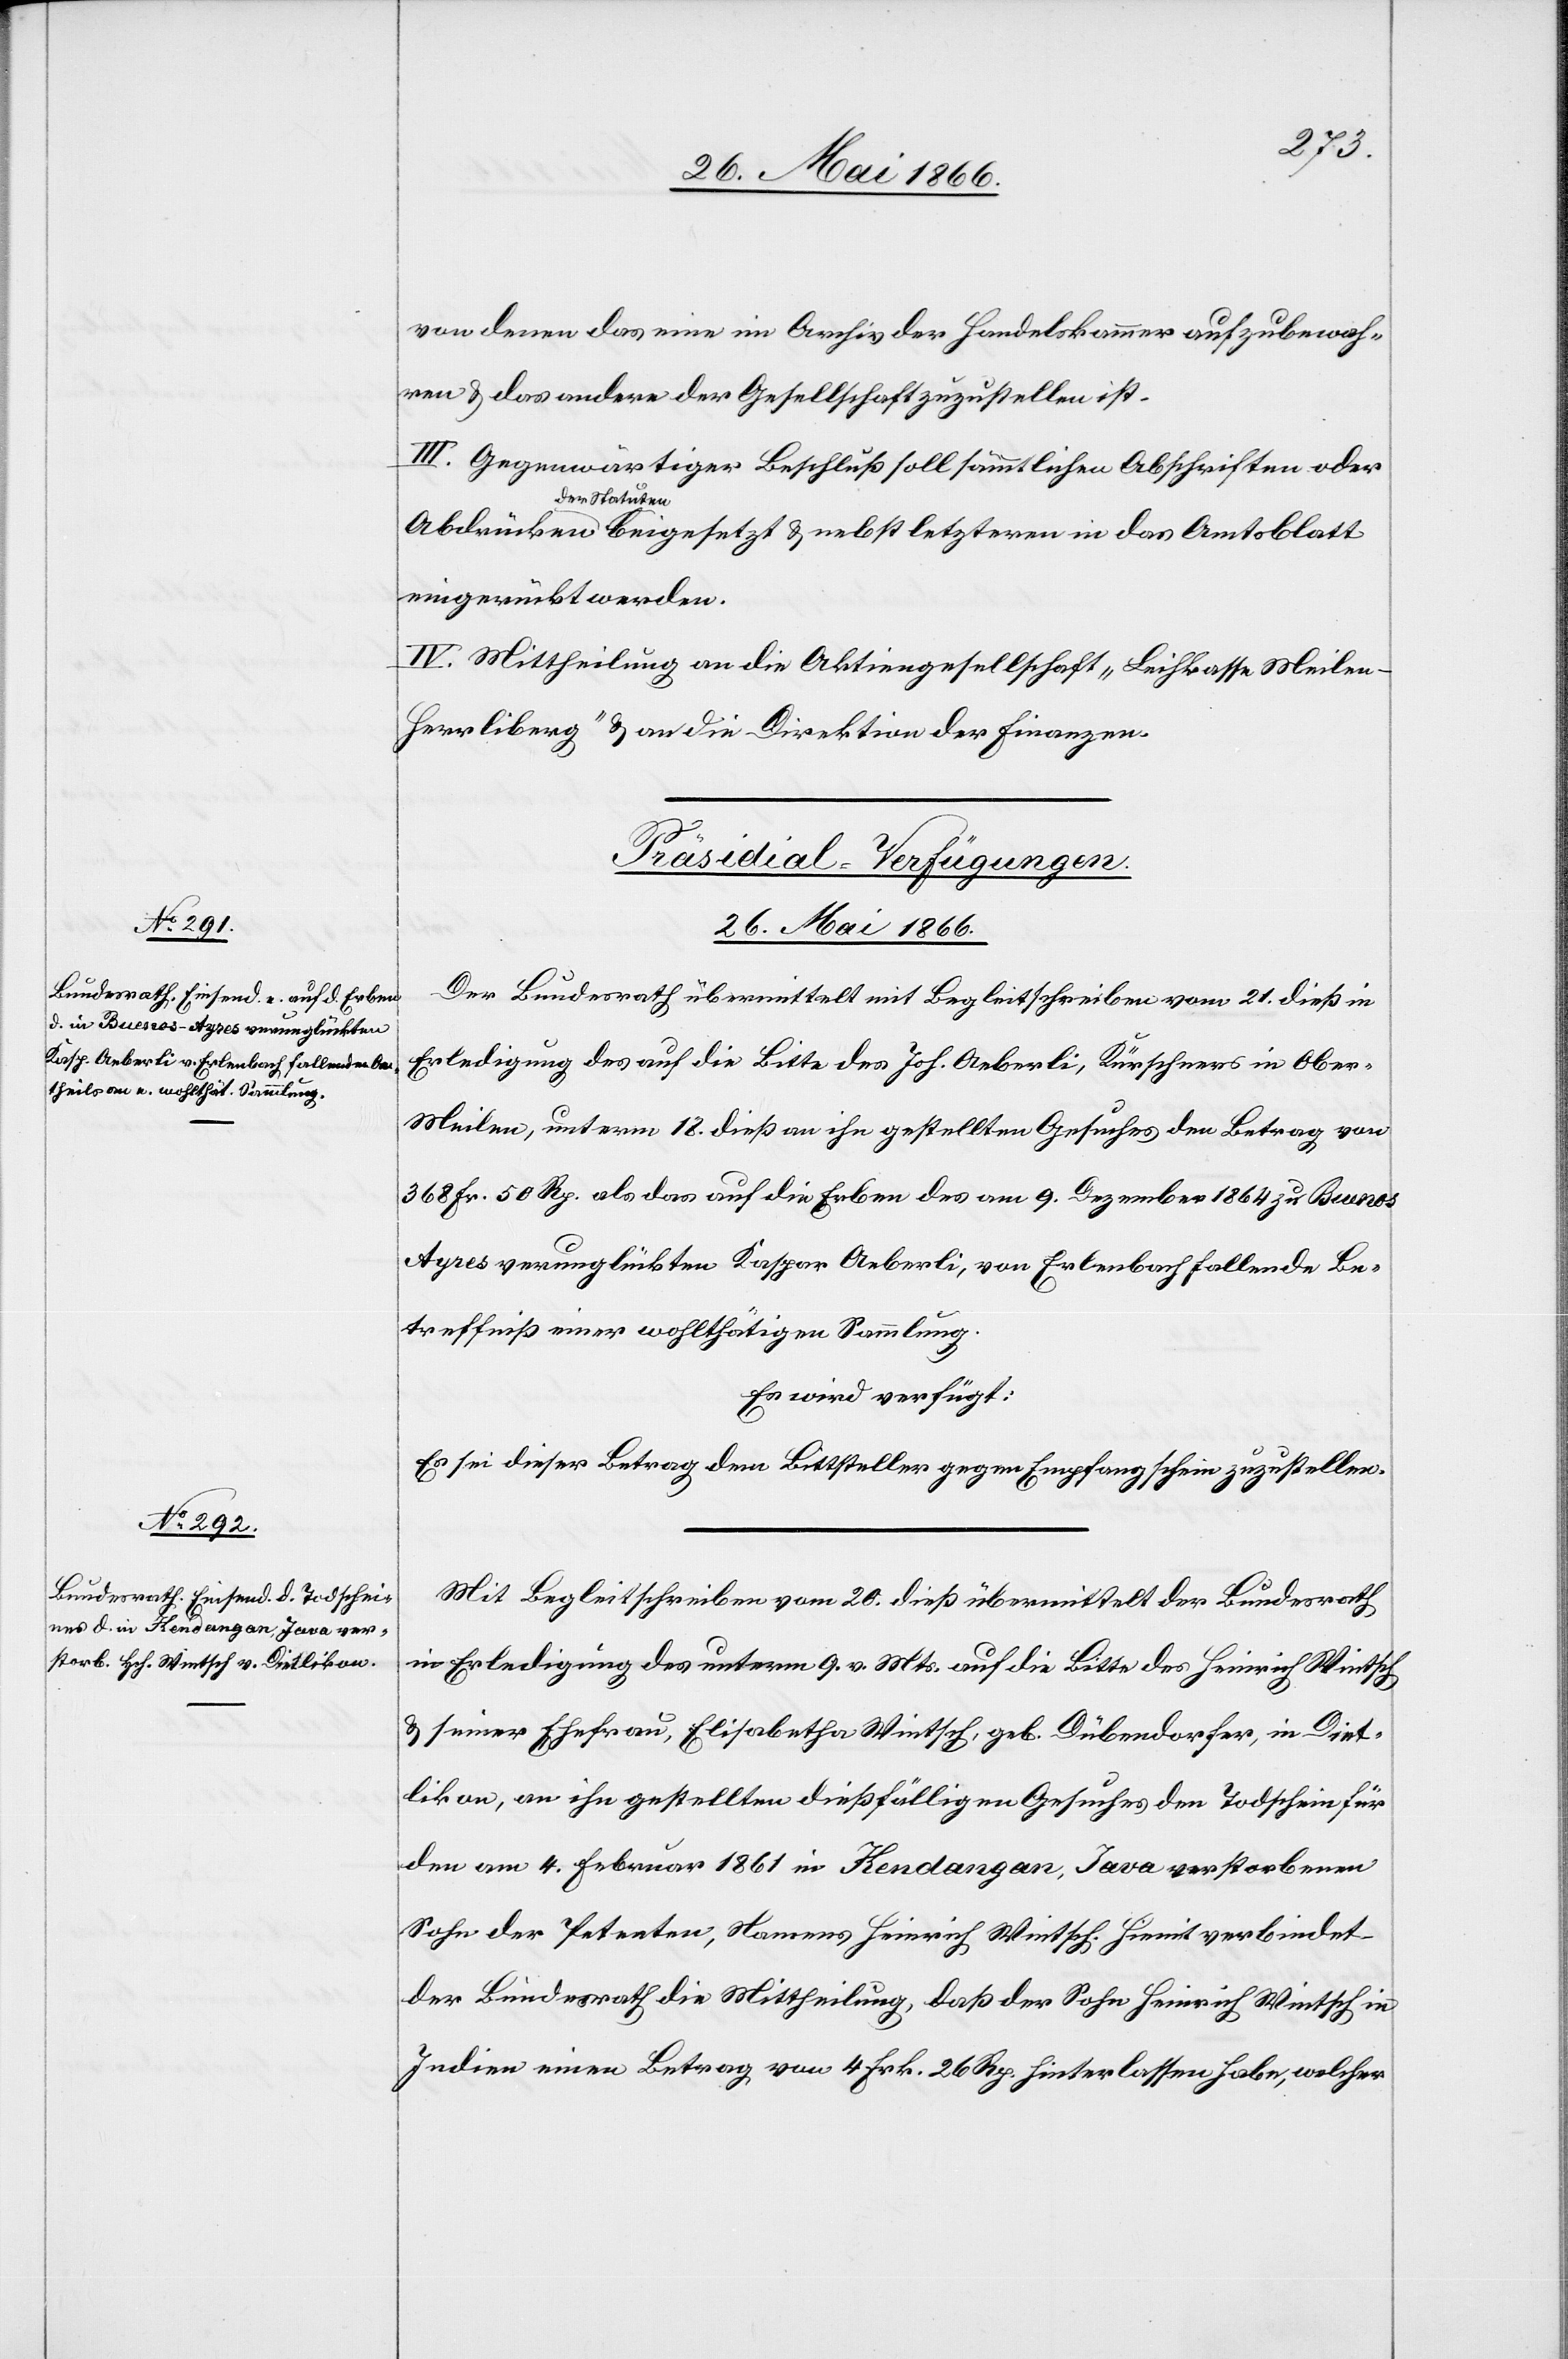
u.
26. Mai 1866.]
von denen das eine im Archiv der Handelskammer aufzubewah¬
ren u. das andere der Gesellschaft zuzustellen ist.
III. Gegenwärtiger Beschluß soll sämmtlichen Abschriften oder
der Statuten
eingerückt werden.
IV. Mittheilung an die Aktiengesellschaft „Leihkasse Meilen-H¬
errliberg“ u. an die Direktion der Finanzen.
[Präsidial-Verfügungen.
26. Mai 1866.
Der Bundesrath übermittelt mit Begleitschreiben vom 21. dieß in
Erledigung des auf die Bitte des Joh. Aeberli, Kürschners in Ober-M¬
eilen, unterm 18. dieß an ihn gestellten Gesuches den Betrag von
368 Fr. 50 Rp. als das auf die Erben des am 9. Dezember 1864 zu Buenos
Ayres verunglückten Kaspar Aeberli, von Erlenbach fallende Be¬
treffniß einer wohlthätigen Sammlung.
Es wird verfügt:
Es sei dieser Betrag dem Bittsteller gegen Empfangschein zuzustellen.
Mit Begleitschreiben vom 20. dieß übermittelt der Bundesrath
in Erledigung des unterm 9. v. Mts. auf die Bitte des Heinrich Wintsch
u. seiner Ehefrau, Elisabetha Wintsch, geb. Dübendorfer, in Diet¬
likon, an ihn gestellten dießfälligen Gesuches den Todschein für
den am 4. Februar 1861 in Kendangan, Jave verstorbenen
Sohn des Petenten, Namens Heinrich Wintsch. Hiemit verbindet
der Bundesrath die Mittheilung, daß der Sohn Heinrich Wintsch in
Indien einen Betrag von 4 Frk. 26 Rp. hinterlassen habe, welcher